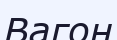
Вагон